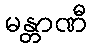
မန္တာဏီ